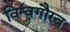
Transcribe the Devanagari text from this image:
विश्वगौरव